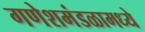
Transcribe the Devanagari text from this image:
गणेशमंडळामध्ये